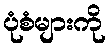
ပုံစံများကို